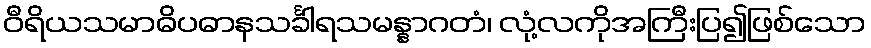
ဝီရိယသမာဓိပဓာနသင်္ခါရသမန္နာဂတံ၊ လုံ့လကိုအကြီးပြ၍ဖြစ်သော